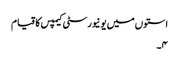
استوں میں یونیورسٹی کیمپس کا قیام
۴۔